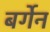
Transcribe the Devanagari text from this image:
बर्गेन